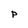
Character: P